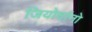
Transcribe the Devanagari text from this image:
जियोर्दानो